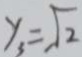
y _ { 3 } = \sqrt { 2 }